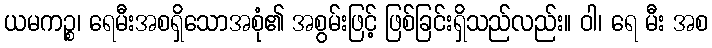
ယမကဉ္စ၊ ရေမီးအစရှိသောအစုံ၏ အစွမ်းဖြင့် ဖြစ်ခြင်းရှိသည်လည်း။ ဝါ၊ ရေ မီး အစ